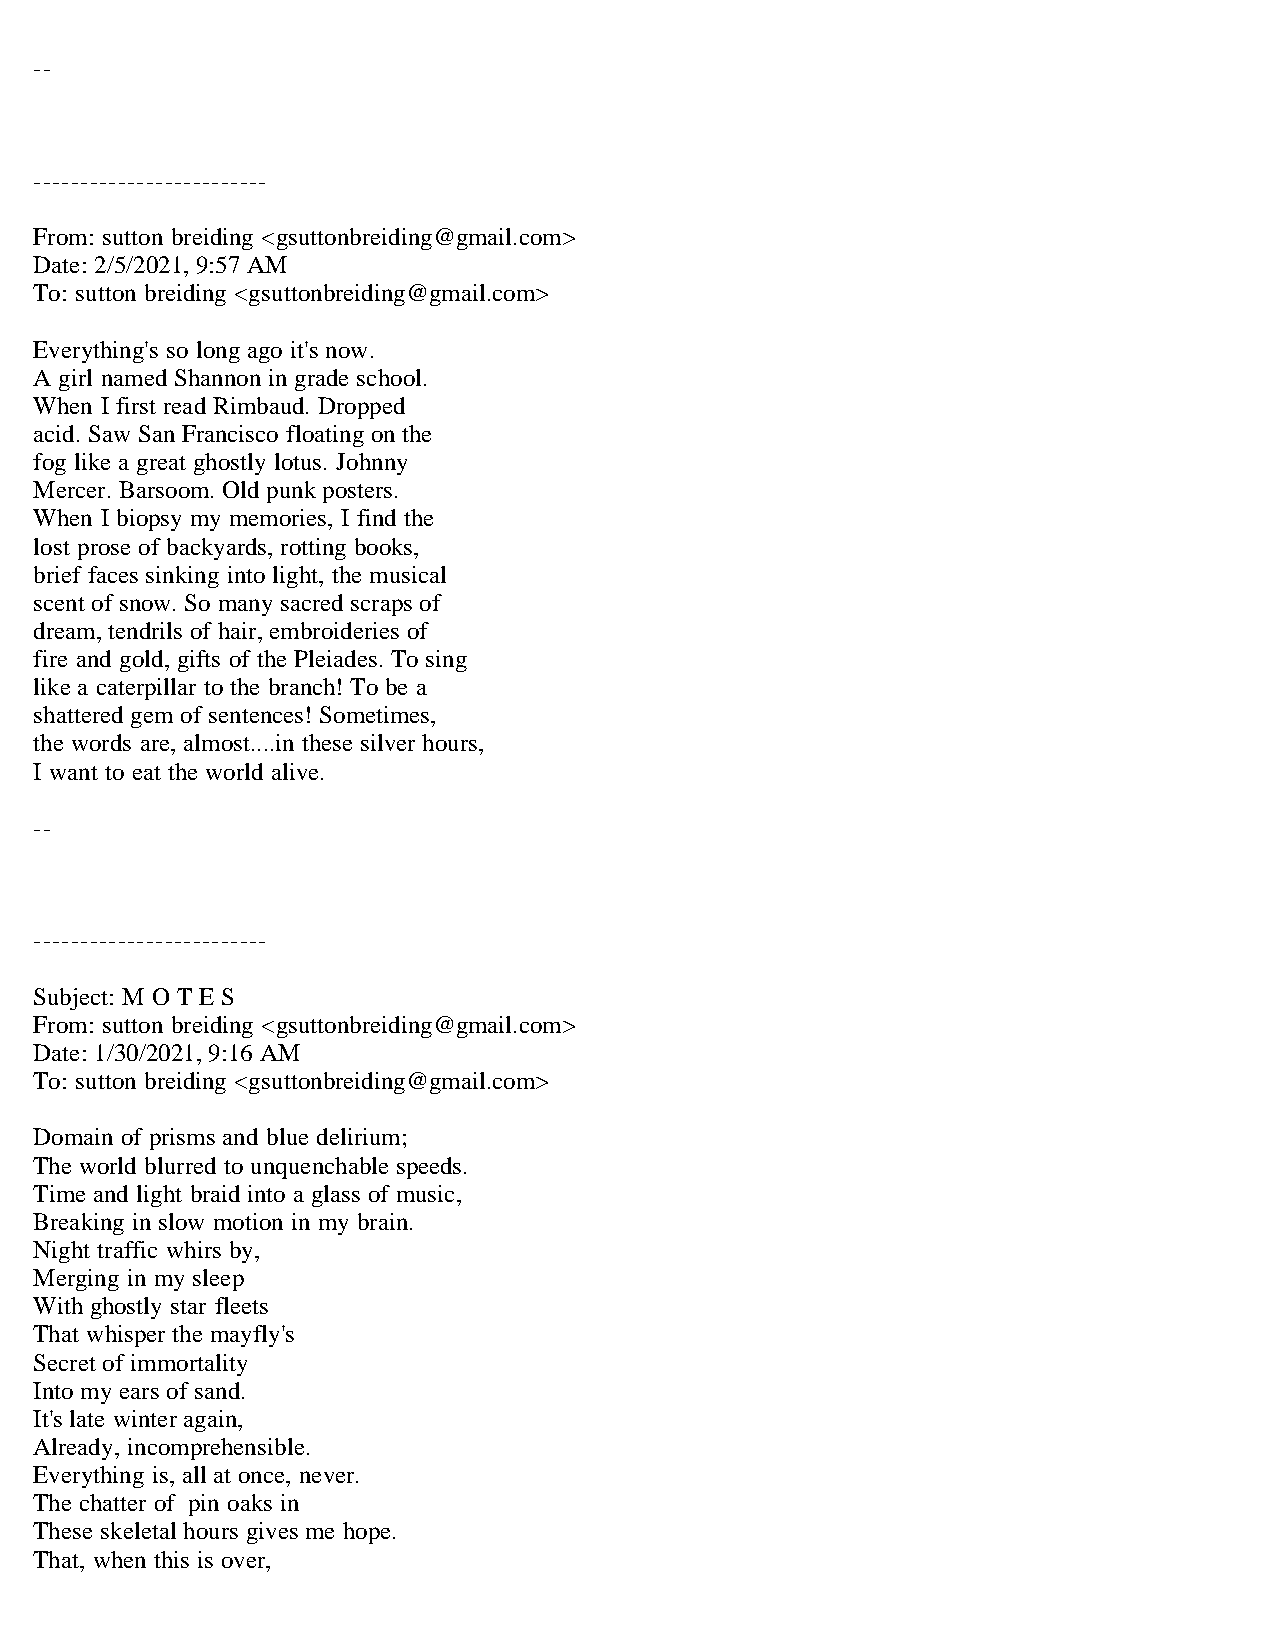
--
 -------------------------
 From: sutton breiding <gsuttonbreiding@gmail.com>
 Date: 2/5/2021, 9:57 AM
 To: sutton breiding <gsuttonbreiding@gmail.com>
 Everything's so long ago it's now.
 A girl named Shannon in grade school.
 When I first read Rimbaud. Dropped
 acid. Saw San Francisco floating on the
 fog like a great ghostly lotus. Johnny
 Mercer. Barsoom. Old punk posters.
 When I biopsy my memories, I find the
 lost prose of backyards, rotting books,
 brief faces sinking into light, the musical
 scent of snow. So many sacred scraps of
 dream, tendrils of hair, embroideries of
 fire and gold, gifts of the Pleiades. To sing
 like a caterpillar to the branch! To be a
 shattered gem of sentences! Sometimes,
 the words are, almost....in these silver hours,
 I want to eat the world alive.
 --
 -------------------------
 Subject: M O T E S
 From: sutton breiding <gsuttonbreiding@gmail.com>
 Date: 1/30/2021, 9:16 AM
 To: sutton breiding <gsuttonbreiding@gmail.com>
 Domain of prisms and blue delirium;
 The world blurred to unquenchable speeds.
 Time and light braid into a glass of music,
 Breaking in slow motion in my brain.
 Night traffic whirs by,
 Merging in my sleep
 With ghostly star fleets
 That whisper the mayfly's
 Secret of immortality
 Into my ears of sand.
 It's late winter again,
 Already, incomprehensible.
 Everything is, all at once, never.
 The chatter of pin oaks in
 These skeletal hours gives me hope.
 That, when this is over,